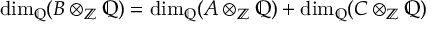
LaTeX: \dim _ { \mathbb { Q } } ( B \otimes _ { \mathbb { Z } } \mathbb { Q } ) = \dim _ { \mathbb { Q } } ( A \otimes _ { \mathbb { Z } } \mathbb { Q } ) + \dim _ { \mathbb { Q } } ( C \otimes _ { \mathbb { Z } } \mathbb { Q } )